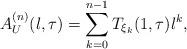
LaTeX: \begin{align*}A_{U}^{(n)}(\l,\tau)=\sum_{k=0}^{n-1}T_{\xi_k}(1,\tau)\l^k,\end{align*}